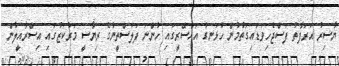
ޔާސިރު އަރަފާތު ފަސްޖެހިވަޑައިގަތުމުން ހުޅަނގު އައްސޭރީގައި ހުންނަ ފަލަސްތީނުގެ ރިޔާސީ މަރުކަޒުގައި އިސްރާއީލުން